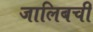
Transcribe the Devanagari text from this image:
जालिबची